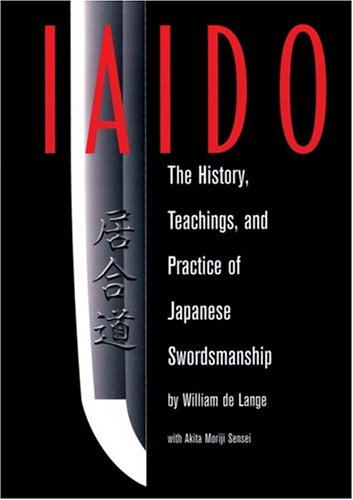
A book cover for Iaido: History, Teaching & Practice Of Japanese Swordsmanship; William de Lange; Sports & Outdoors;